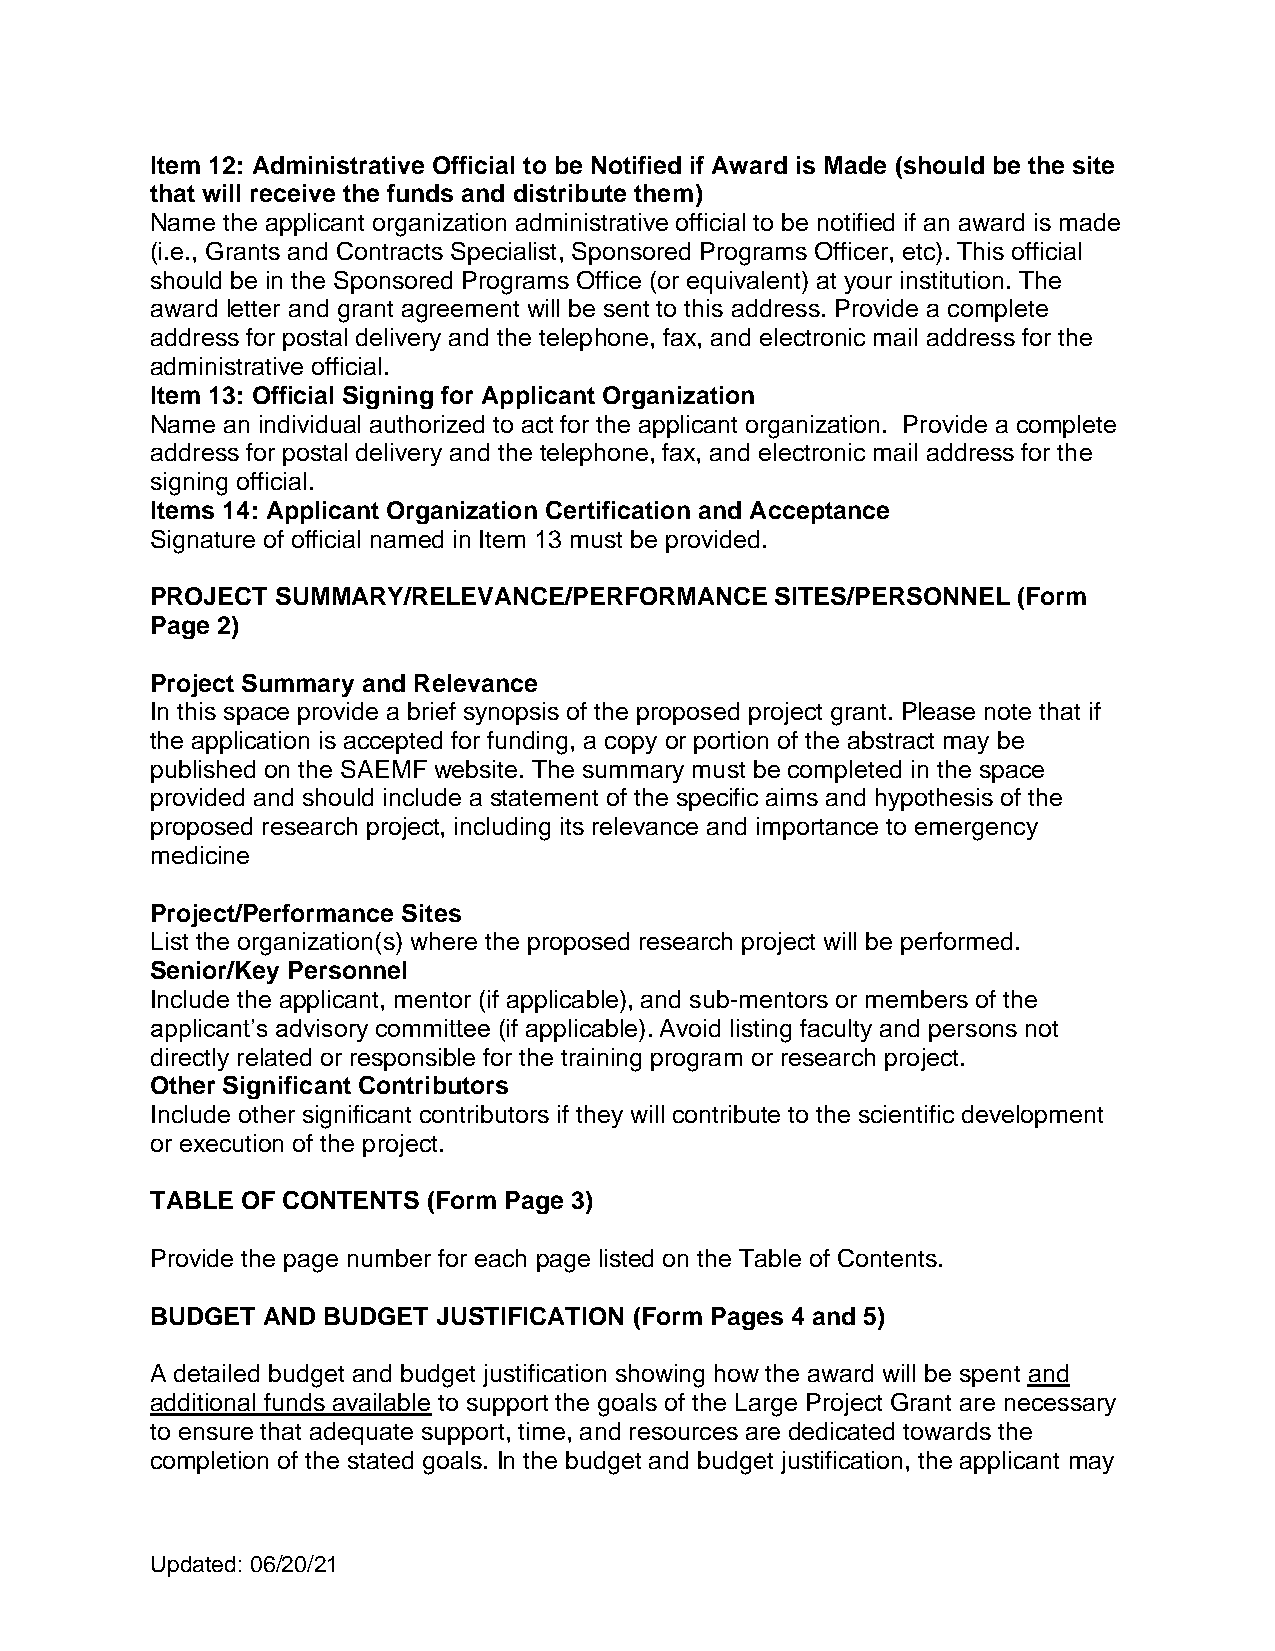
Item 12: Administrative Official to be Notified if Award is Made (should be the site
 that will receive the funds and distribute them)
 Name the applicant organization administrative official to be notified if an award is made
 (i.e., Grants and Contracts Specialist, Sponsored Programs Officer, etc). This official
 should be in the Sponsored Programs Office (or equivalent) at your institution. The
 award letter and grant agreement will be sent to this address. Provide a complete
 address for postal delivery and the telephone, fax, and electronic mail address for the
 administrative official.
 Item 13: Official Signing for Applicant Organization
 Name an individual authorized to act for the applicant organization. Provide a complete
 address for postal delivery and the telephone, fax, and electronic mail address for the
 signing official.
 Items 14: Applicant Organization Certification and Acceptance
 Signature of official named in Item 13 must be provided.
 PROJECT SUMMARY/RELEVANCE/PERFORMANCE    SITES/PERSONNEL (Form
 Page 2)
 Project Summary and Relevance
 In this space provide a brief synopsis of the proposed project grant. Please note that if
 the application is accepted for funding, a copy or portion of the abstract may be
 published on the SAEMF website. The summary must be completed in the space
 provided and should include a statement of the specific aims and hypothesis of the
 proposed research project, including its relevance and importance to emergency
 medicine
 Project/Performance Sites
 List the organization(s) where the proposed research project will be performed.
 Senior/Key Personnel
 Include the applicant, mentor (if applicable), and sub-mentors or members of the
 applicant’s advisory committee (if applicable). Avoid listing faculty and persons not
 directly related or responsible for the training program or research project.
 Other Significant Contributors
 Include other significant contributors if they will contribute to the scientific development
 or execution of the project.
 TABLE OF CONTENTS (Form Page 3)
 Provide the page number for each page listed on the Table of Contents.
 BUDGET AND BUDGET  JUSTIFICATION (Form Pages 4 and 5)
 A detailed budget and budget justification showing how the award will be spent and
 additional funds available to support the goals of the Large Project Grant are necessary
 to ensure that adequate support, time, and resources are dedicated towards the
 completion of the stated goals. In the budget and budget justification, the applicant may
 Updated: 06/20/21